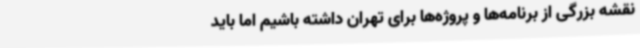
نقشه بزرگی از برنامه‌ها و پروژه‌ها برای تهران داشته باشیم اما باید